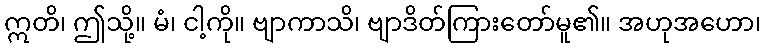
ဣတိ၊ ဤသို့။ မံ၊ ငါ့ကို။ ဗျာကာသိ၊ ဗျာဒိတ်ကြားတော်မူ၏။ အဟုအဟော၊